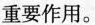
重要作用。